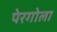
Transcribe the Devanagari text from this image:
पेरगोला